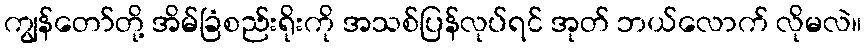
ကျွန်တော်တို့ အိမ်ခြံစည်းရိုးကို အသစ်ပြန်လုပ်ရင် အုတ် ဘယ်လောက် လိုမလဲ။